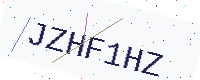
Text: JZHF1HZ